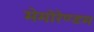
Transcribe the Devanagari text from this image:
मेमोरेण्डम